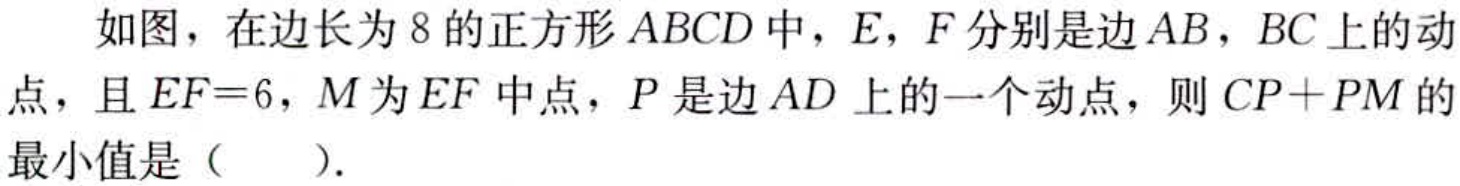
如图，在边长为8的正方形 \(ABCD\) 中，\(E\)，\(F\) 分别是边 \(AB\)，\(BC\) 上的动点，且 \(EF = 6\)，\(M\) 为 \(EF\) 中点，\(P\) 是边 \(AD\) 上的一个动点，则 \(CP + PM\) 的最小值是（  ）.